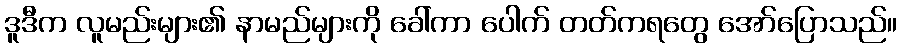
ဒူဒီက လူမည်းများ၏ နာမည်များကို ခေါ်ကာ ပေါက် တတ်ကရတွေ အော်ပြောသည်။